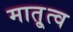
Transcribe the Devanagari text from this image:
मातृ्त्व